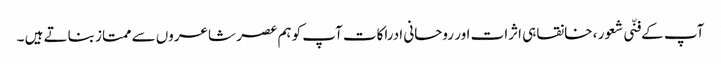
آپ کے فنّی شعور ، خانقاہی اثرات اور روحانی ادراکات آپ کوہم عصر شاعروں سے ممتاز بناتے ہیں ۔